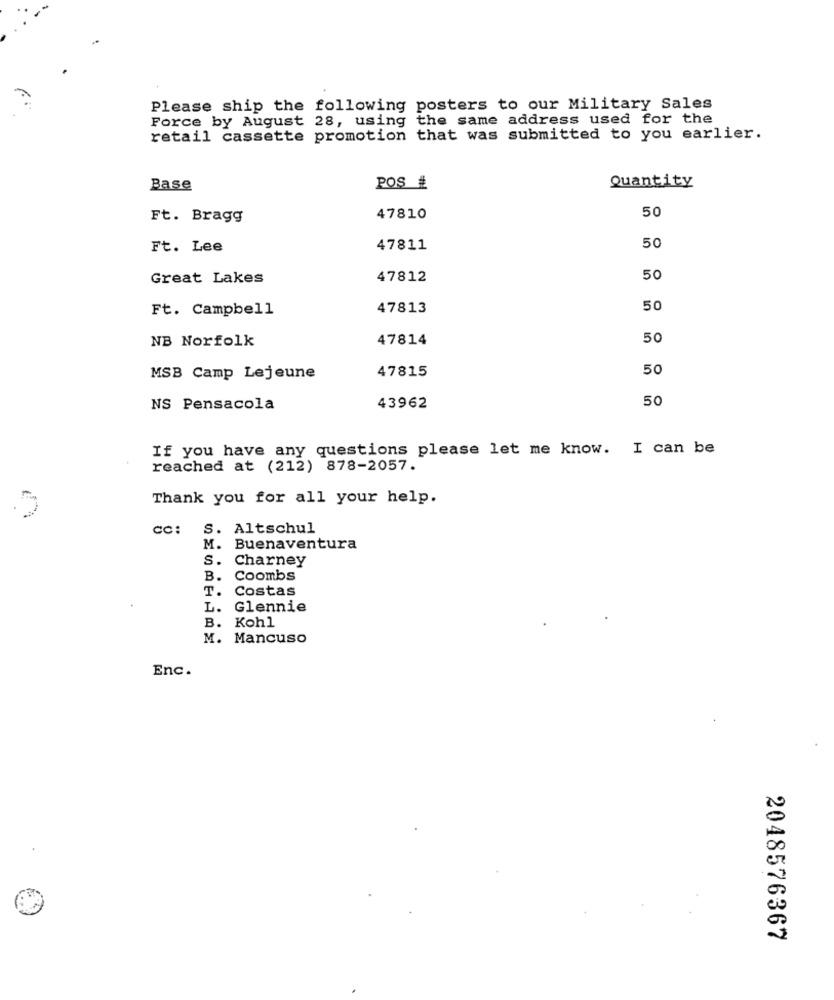
Please ship the following posters to our Military Sales
Force by August 28, using the same address used for the
retail cassette promotion that was submitted to you earlier.
Base
POS #
Quantity
50
Ft. Bragg
47810
Ft. Lee
47811
50
Great Lakes
47812
50
Ft. Campbell
47813
50
NB Norfolk
47814
50
47815
50
MSB Camp Lejeune
50
NS Pensacola
43962
If you have any questions please let me know. I can be
reached at (212) 878-2057.
Thank you for all your help.
cc: S. Altschul
M.
Buenaventura
S. Charney
B. Coombs
T.
Costas
L.
Glennie
B. Kohl
M. Mancuso
Enc.
2048576367